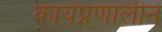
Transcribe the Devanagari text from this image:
कार्यप्रणालीने